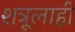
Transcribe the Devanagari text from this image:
शत्रूलाही